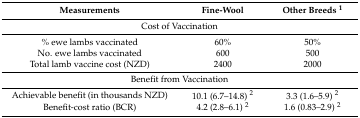
| Measurements | Fine-Wool | Other Breeds 1 |
 | --- | --- | --- |
 | <COLSPAN=3> Cost of Vaccination |
 | % ewe lambs vaccinated | 60% | 50% |
 | No. ewe lambs vaccinated | 600 | 500 |
 | Total lamb vaccine cost (NZD) | 2400 | 2000 |
 | <COLSPAN=3> Benefit from Vaccination |
 | Achievable benefit (in thousands NZD) | 10.1 (6.7–14.8) 2 | 3.3 (1.6–5.9) 2 |
 | Benefit-cost ratio (BCR) | 4.2 (2.8–6.1) 2 | 1.6 (0.83–2.9) 2 |